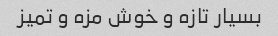
بسیار تازه و خوش مزه و تمیز